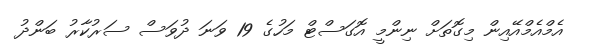
އެމްއެމްއޭއިން މިގޮތަށް ނިންމީ އޮގަސްޓް މަހުގެ 19 ވަނަ ދުވަސް ސަރުކާރު ބަންދު